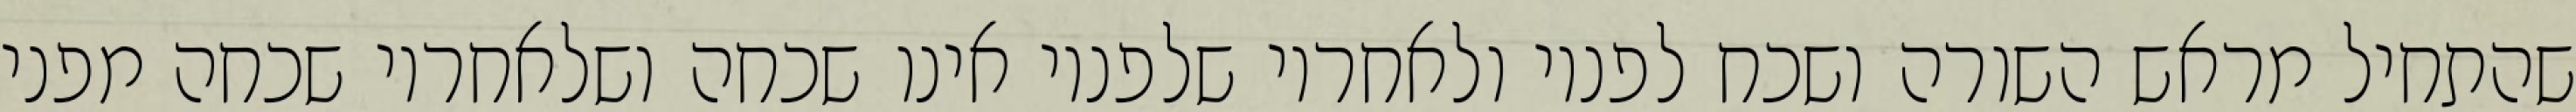
שהתחיל מראש השורה ושכח לפניו ולאחריו שלפניו אינו שכחה ושלאחריו שכחה מפני